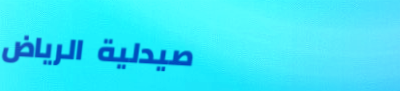
صيدلية الرياض